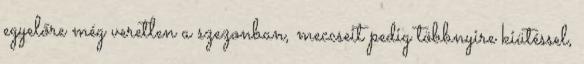
egyelőre még veretlen a szezonban, meccseit pedig többnyire kiütéssel,